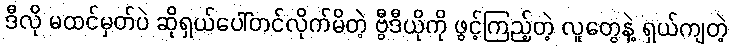
ဒီလို မထင်မှတ်ပဲ ဆိုရှယ်ပေါ်တင်လိုက်မိတဲ့ ဗွီဒီယိုကို ဖွင့်ကြည့်တဲ့ လူတွေနဲ့ ရှယ်ကျတဲ့